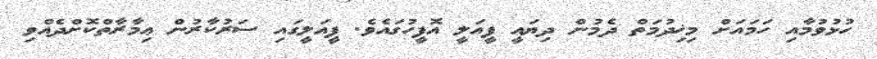
ހުޅުވުމާއި ހަމައަށް މިޚިދުމަތް ދެމުން ދިޔައީ ފީއަލީ އޮފީހުގައެވެ. ފީއަލީގައި ސަރުކާރުން ޢިމާރާތްކޮށްދެއްވި